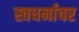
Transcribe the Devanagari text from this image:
स्वधर्मावर